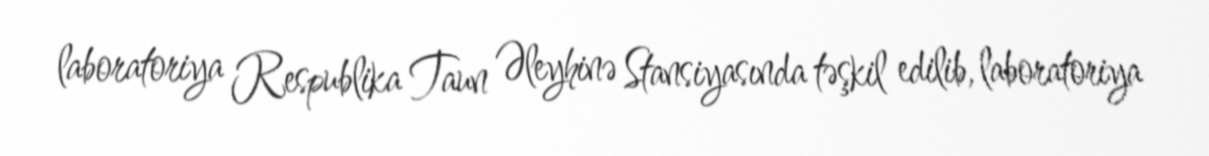
laboratoriya Respublika Taun Əleyhinə Stansiyasında təşkil edilib, laboratoriya